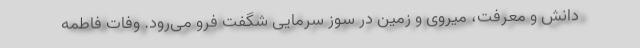
دانش و معرفت، میروی و زمین در سوز سرمایی شگفت فرو می‌رود. وفات فاطمه